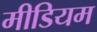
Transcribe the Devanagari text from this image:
मीडियम